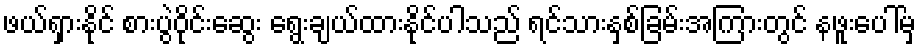
ဖယ်ရှားနိုင် စားပွဲဝိုင်းဆွေး ရွေးချယ်ထားနိုင်ပါသည် ရင်သားနှစ်ခြမ်းအကြားတွင် နဖူးပေါ်မှ